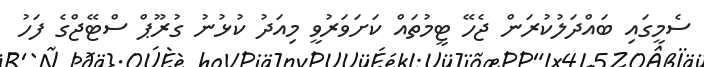
ސެމީގައި ބައްދަލުކުރަން ޖެހޭ ޓީމުތައް ކަށަވަރުވީ މިއަދު ކުޅުނު ގުރޫޕް ސްޓޭޖްގެ ފަހު